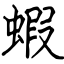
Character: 蝦